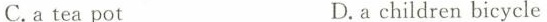
C. a tea pot D. a children bicycle